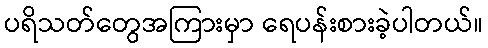
ပရိသတ်တွေအကြားမှာ ရေပန်းစားခဲ့ပါတယ်။